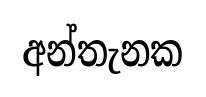
අන්තැනක